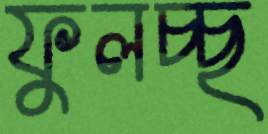
ফুলচ্ছ